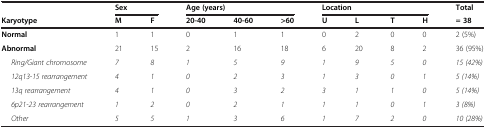
|  | <COLSPAN=2> Sex | <COLSPAN=3> Age (years) | <COLSPAN=4> Location | Total |
 | Karyotype | M | F | 20-40 | 40-60 | >60 | U | L | T | H | = 38 |
 | --- | --- | --- | --- | --- | --- | --- | --- | --- | --- | --- |
 | Normal | 1 | 1 | 0 | 1 | 1 | 0 | 2 | 0 | 0 | 2 (5%) |
 | Abnormal | 21 | 15 | 2 | 16 | 18 | 6 | 20 | 8 | 2 | 36 (95%) |
 | Ring/Giant chromosome | 7 | 8 | 1 | 5 | 9 | 1 | 9 | 5 | 0 | 15 (42%) |
 | 12q13-15 rearrangement | 4 | 1 | 0 | 2 | 3 | 1 | 3 | 0 | 1 | 5 (14%) |
 | 13q rearrangement | 4 | 1 | 0 | 3 | 2 | 3 | 1 | 1 | 0 | 5 (14%) |
 | 6p21-23 rearrangement | 1 | 2 | 0 | 2 | 1 | 1 | 1 | 0 | 1 | 3 (8%) |
 | Other | 5 | 5 | 1 | 3 | 6 | 1 | 7 | 2 | 0 | 10 (28%) |